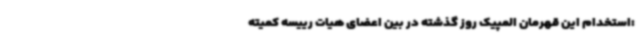
:استخدام این قهرمان المپیک روز گذشته در بین اعضای هیات رییسه کمیته